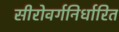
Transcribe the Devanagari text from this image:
सीरोवर्गनिर्धारित